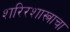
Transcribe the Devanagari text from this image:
शरिरशास्त्राचा